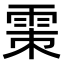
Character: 𩂴